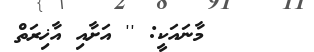
މާނައަކީ: '' އަށާއި އާޚިރަތް